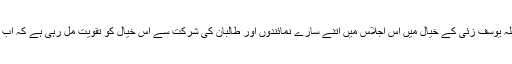
معروف پاکستانی تجزیہ نگار رحیم اللہ یوسف زئی کے خیال میں اس اجلاس میں اتنے سارے نمائندوں اور طالبان کی شرکت سے اس خیال کو تقویت مل رہی ہے کہ اب شاید افغانستان میں امن قائم ہو جائے۔